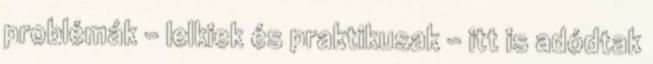
problémák – lelkiek és praktikusak – itt is adódtak